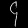
Digit: ၄